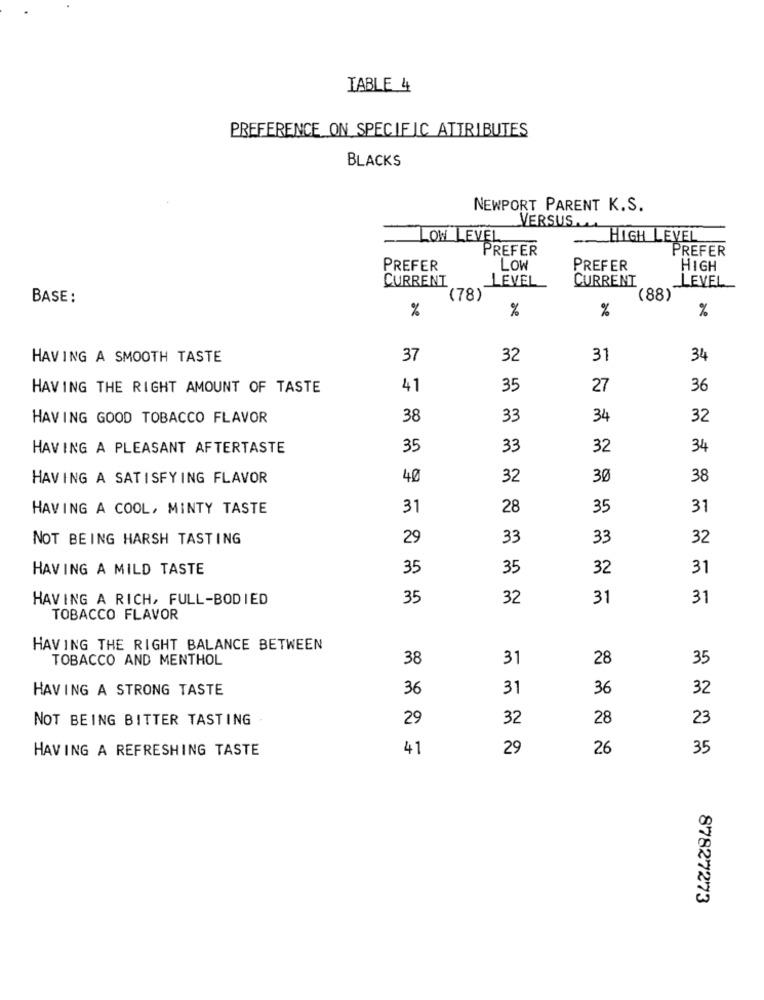
IABLE 4
PREFERENCE ON SPECIFIC ATTRIBUTES
BLACKS
NEWPORT PARENT K.S.
VERSUS ...
LOW LEVEL
--
HIGH LEVEL
PREFER
PREFER
PREFER
LOW
PREFER
HIGH
CURRENT
LEVEL
CURRENT
LEVEL
BASE:
(78)
(88)
%
%
%
%
HAVING A SMOOTH TASTE
37
32
31
34
HAVING THE RIGHT AMOUNT OF TASTE
41
35
27
36
HAVING GOOD TOBACCO FLAVOR
38
33
34
32
HAVING A PLEASANT AFTERTASTE
35
33
32
34
HAVING A SATISFYING FLAVOR
40
32
30
38
HAVING A COOL, MINTY TASTE
31
28
35
31
NOT BEING HARSH TASTING
29
33
33
32
HAVING A MILD TASTE
35
35
32
31
HAVING A RICH, FULL-BODIED
35
32
31
31
TOBACCO FLAVOR
HAVING THE RIGHT BALANCE BETWEEN
TOBACCO AND MENTHOL
38
31
28
35
HAVING A STRONG TASTE
36
31
36
32
NOT BEING BITTER TASTING
29
32
28
23
HAVING A REFRESHING TASTE
41
29
26
35
87827273